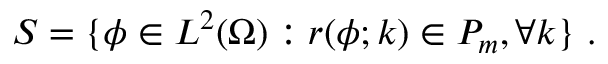
S = \{ \phi \in L ^ { 2 } ( \Omega ) : r ( \phi ; k ) \in P _ { m } , \forall k \} \mathrm { ~ . ~ }